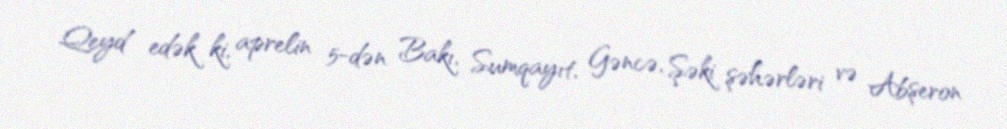
Qeyd edək ki, aprelin 5-dən Bakı, Sumqayıt, Gəncə, Şəki şəhərləri və Abşeron